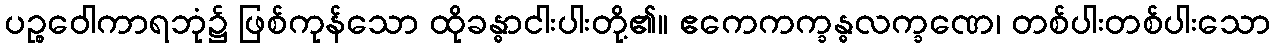
ပဉ္စဝေါကာရဘုံ၌ ဖြစ်ကုန်သော ထိုခန္ဓာငါးပါးတို့၏။ ဧကေကက္ခန္ဓလက္ခဏေ၊ တစ်ပါးတစ်ပါးသော